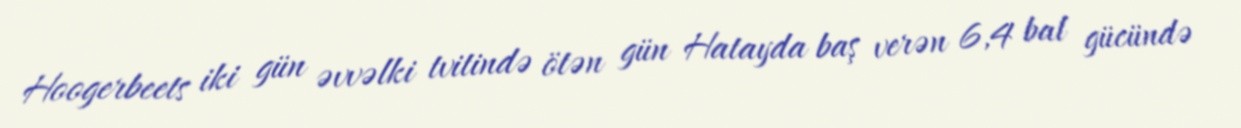
Hoogerbeets iki gün əvvəlki tvitində ötən gün Hatayda baş verən 6,4 bal gücündə